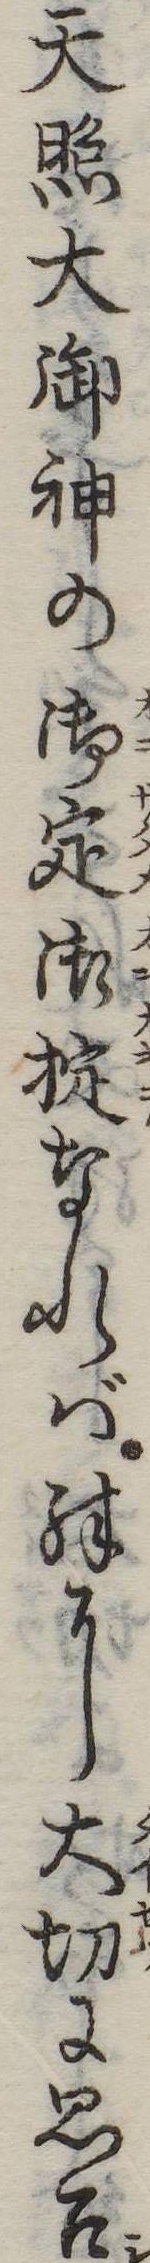
天照大御神の御定御掟なれば殊に大切に思召